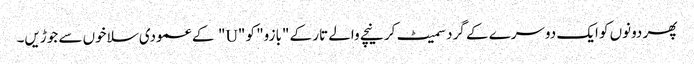
پھر دونوں کو ایک دوسرے کے گرد سمیٹ کر نیچے والے تار کے "بازو" کو "U" کے عمودی سلاخوں سے جوڑیں۔